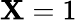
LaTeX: \mathbf{X}=1